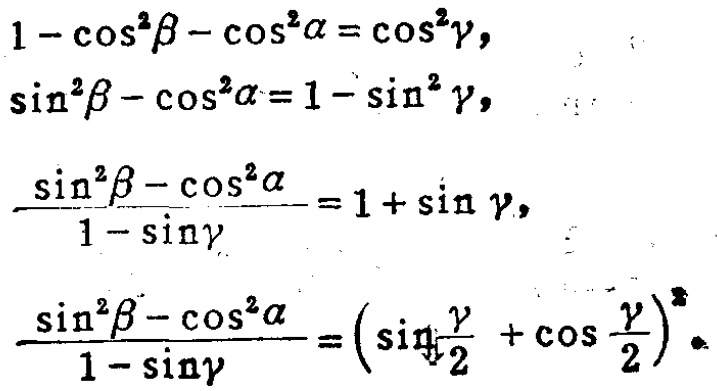
\[
\begin{align*}
1 - \cos^{2}\beta - \cos^{2}\alpha&=\cos^{2}\gamma,\\
\sin^{2}\beta - \cos^{2}\alpha&=1 - \sin^{2}\gamma,\\
\frac{\sin^{2}\beta - \cos^{2}\alpha}{1 - \sin\gamma}&=1 + \sin\gamma,\\
\frac{\sin^{2}\beta - \cos^{2}\alpha}{1 - \sin\gamma}&=\left(\sin\frac{\gamma}{2}+\cos\frac{\gamma}{2}\right)^{2}.
\end{align*}
\]